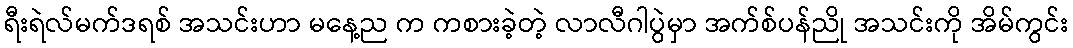
ရီးရဲလ်မက်ဒရစ် အသင်းဟာ မနေ့ည က ကစားခဲ့တဲ့ လာလီဂါပွဲမှာ အက်စ်ပန်ညို အသင်းကို အိမ်ကွင်း